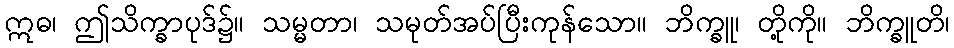
ဣဓ၊ ဤသိက္ခာပုဒ်၌။ သမ္မတာ၊ သမုတ်အပ်ပြီးကုန်သော။ ဘိက္ခူ၊ တို့ကို။ ဘိက္ခူတိ၊